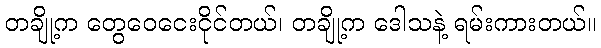
တချို့က တွေဝေငေးငိုင်တယ်၊ တချို့က ဒေါသနဲ့ ရမ်းကားတယ်။